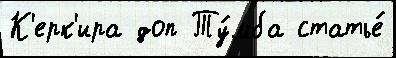
К'ерк'ира доп Ту́мба статье́